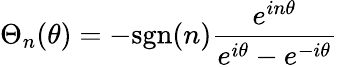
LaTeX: {\Theta}_{n}(\theta)=-\mathrm{sgn}(n)\frac{e^{in{\theta}}}{e^{i{\theta}}-e^{-i{\theta}}}